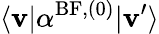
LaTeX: \langle\mathbf{v}\vert\alpha^{\mathrm{{BF}},(0)}\vert\mathbf{v}^{\prime}\rangle